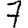
Digit: 7